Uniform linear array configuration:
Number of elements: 16
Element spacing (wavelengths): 0.5
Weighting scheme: binomial
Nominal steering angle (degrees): -60
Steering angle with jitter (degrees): -61.502
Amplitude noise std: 0.05
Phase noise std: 0.05

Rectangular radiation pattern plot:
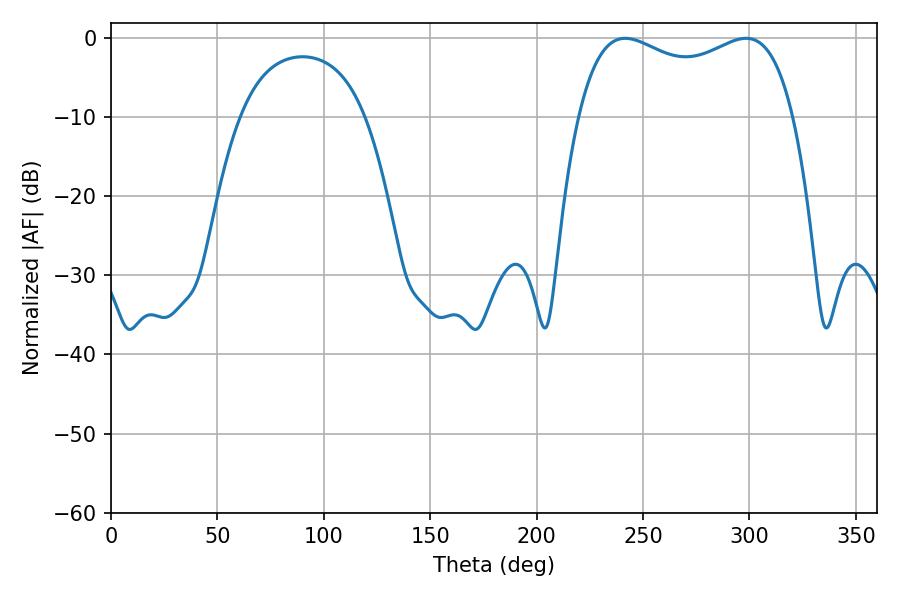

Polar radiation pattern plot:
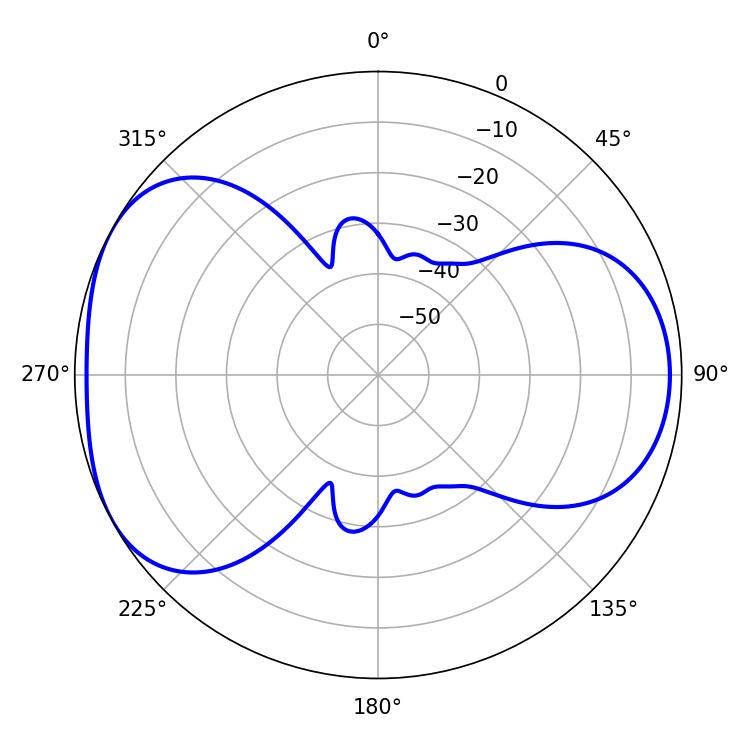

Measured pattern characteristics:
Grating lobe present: FALSE
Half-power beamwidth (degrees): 83.52
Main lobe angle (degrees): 241.56